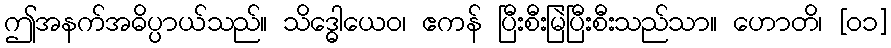
ဤအနက်အဓိပ္ပာယ်သည်။ သိဒ္ဓောယေဝ၊ ဧကန် ပြီးစီးမြဲပြီးစီးသည်သာ။ ဟောတိ၊ [၀၁]